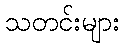
သတင်းများ